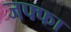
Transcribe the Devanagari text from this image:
जफ्फा